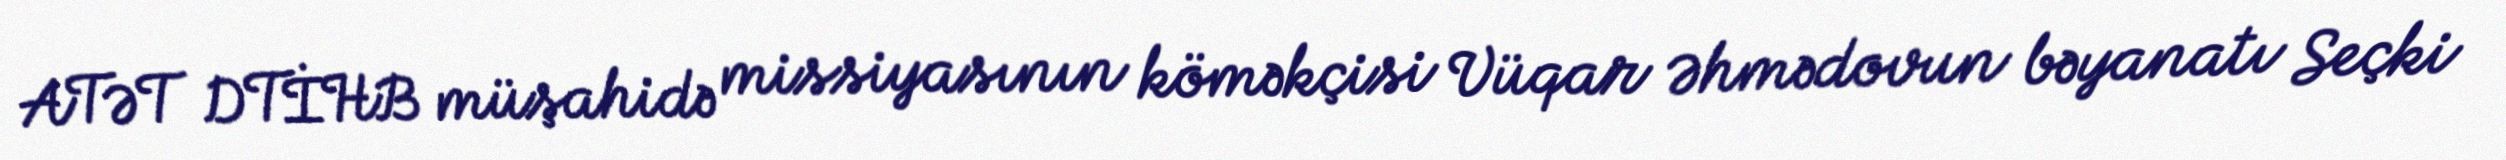
ATƏT DTİHB müşahidə missiyasının köməkçisi Vüqar Əhmədovun bəyanatı Seçki